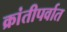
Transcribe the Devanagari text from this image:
क्रांतीपर्वात